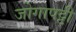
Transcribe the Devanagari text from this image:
जोगापट्टी